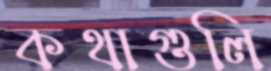
কথাগুলি